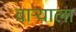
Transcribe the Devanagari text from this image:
वाऱ्याला